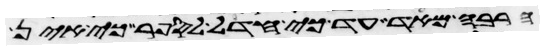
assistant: הרבה מאד עד כי חדל לספר כי אין